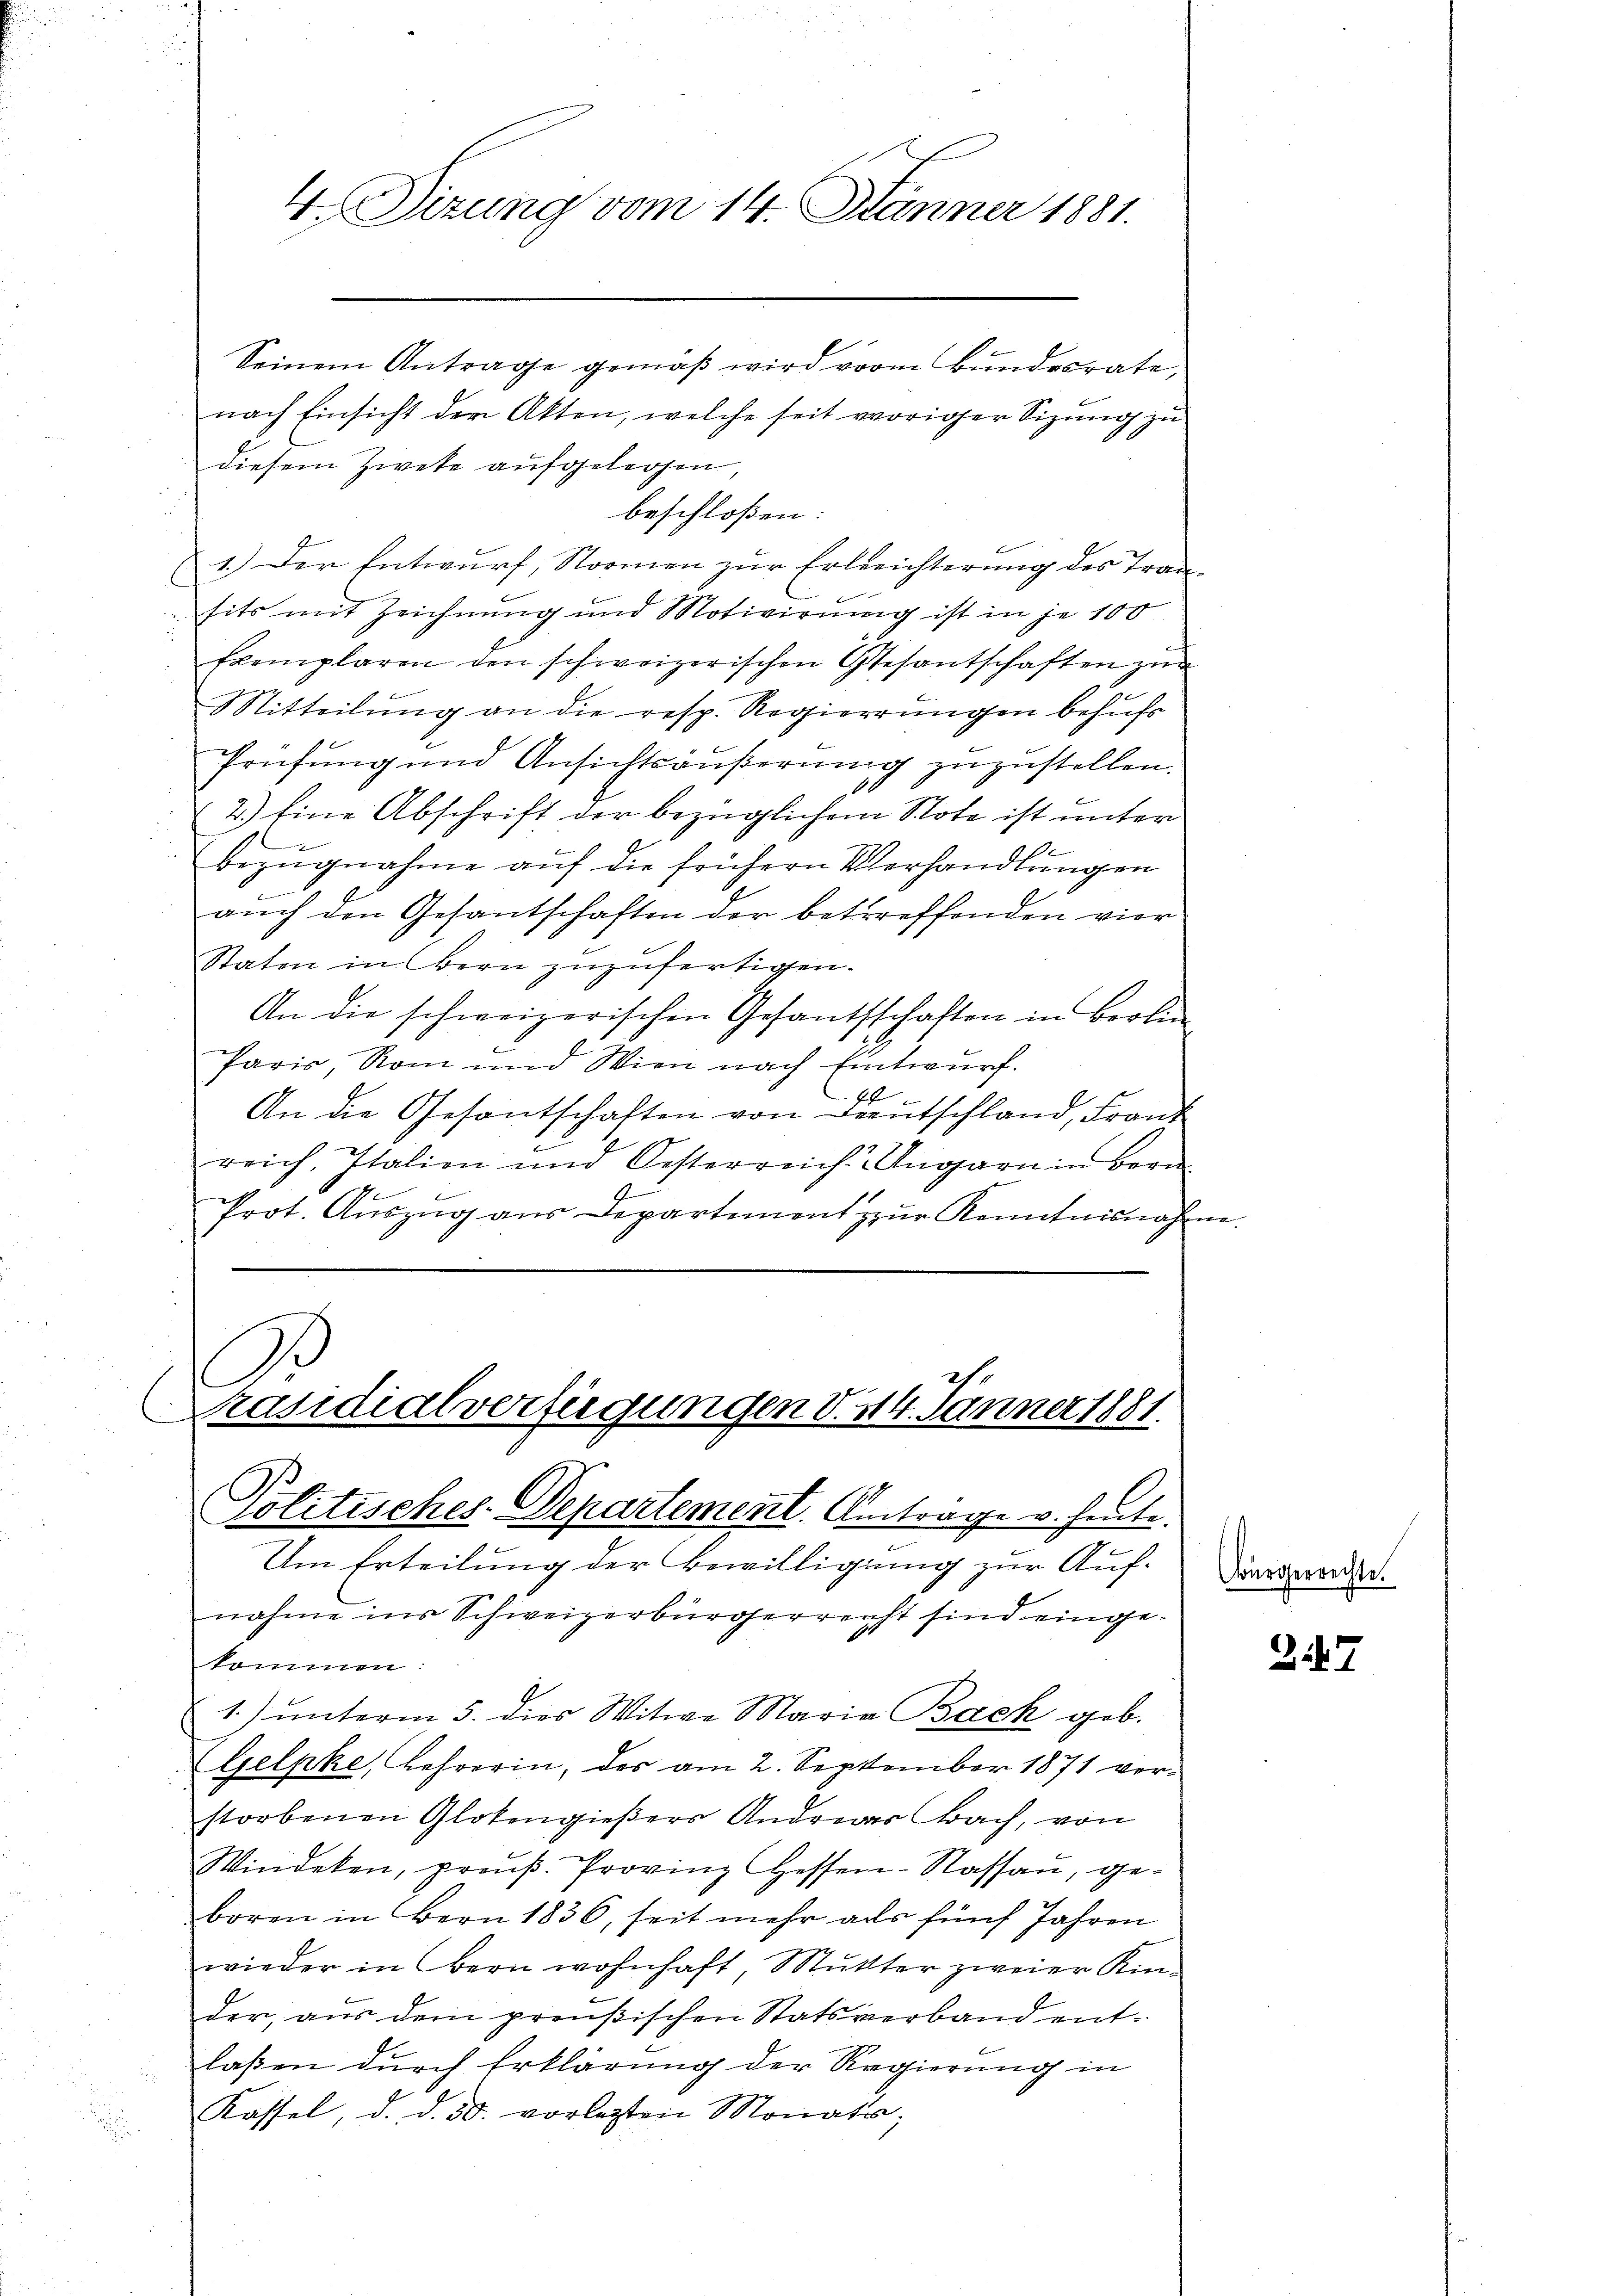
4.Dizung vom 14. Jänner 1881.

nach Einsicht der Akten, welche seit voriger Sizung zu
diesem Zweke aufgelegen,
beschloßen:
1.) Der Entwurf, Stormen zur Erleichterung des Tran¬
E
sits mit Zeichnung und Motivirung ist in je 100
Exemplaren den schweizerischen Gesantschaften zur
Mitteilung an die resp. Regierungen behufs
Prüfung und Ansichtsäußerung zuzustellen.
2.) Eine Abschrift der bezüglichem Note ist unter

bezugnahme auf die frühern Verhandlungen
auch den Gesantschaften der betreffenden vier
Staten in Bern zuzufertigen.
An die schweizerischen Gesandschaften in Berlin
Paris, Rom und Wien nach Entwurf.
An die Gesantschaften von Deutschland, Frant
reich, Italien und Oesterreich-Ungarn in Bern
Prot. Auszug aus Departement zur Kenntnisnahme

Seinem Antrage gemäß wird vom Bundesrate,

A.
2st
Präsidialverfügungen d. 214. Jänner 1881.
Politisches Departement. Antrage v. heute.

Um Erteilung der Bewilligung zur Aufnahme ins Schweizerbürgerreicht sind eingekomm
1) unterm 5. dies Witwe Maria Bach geb.
Gelpke, Lehrerin, der am 2. September 1871 verstorbenen Glotengießers Andreas Bach, von
Windeten, proŭβ. Provinz Hessen-Kassan, ge-
boren in Bern 1836, seit mehr als fünf Jahren
wieder in Bern wohnhaft, Mutter zweier Kin-
der, aus dem preußischen Statsverband entlaßen durch Erklärung der Regierung in
Kassel, d. d. 30. vorlezten Monates;

Bürgerrechte.

27